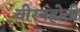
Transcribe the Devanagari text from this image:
वीरनहोती